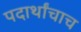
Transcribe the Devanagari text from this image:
पदार्थांचाच